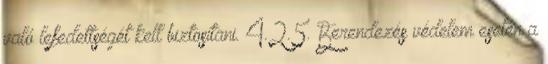
való lefedettségét kell biztosítani. 4.2.5. Berendezés védelem esetén a